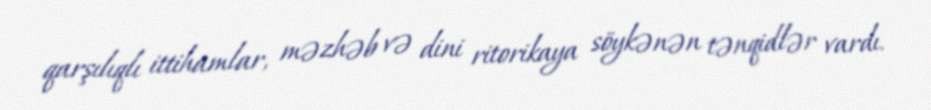
qarşılıqlı ittihamlar, məzhəb və dini ritorikaya söykənən tənqidlər vardı.